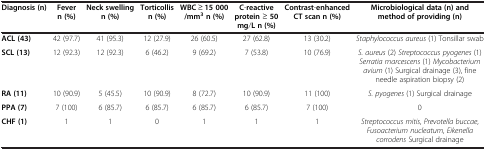
<table><thead><tr><td><b>Diagnosis (n)</b></td><td><b>Fever n (%)</b></td><td><b>Neck swelling n (%)</b></td><td><b>Torticollis n (%)</b></td><td><b>WBC ≥ 15 000/mm<sup>3 </sup>n (%)</b></td><td><b>C-reactive protein ≥ 50 mg/L n (%)</b></td><td><b>Contrast-enhanced CT scan n (%)</b></td><td><b>Microbiological data (n) and method of providing (n)</b></td></tr></thead><tbody><tr><td><b>ACL </b><b>(43)</b></td><td>42 (97.7)</td><td>41 (95.3)</td><td>12 (27.9)</td><td>26 (60.5)</td><td>27 (62.8)</td><td>13 (30.2)</td><td><i>Staphylococcus aureus</i> (1) Tonsillar swab</td></tr><tr><td><b>SCL </b><b>(13)</b></td><td>12 (92.3)</td><td>12 (92.3)</td><td>6 (46.2)</td><td>9 (69.2)</td><td>7 (53.8)</td><td>10 (76.9)</td><td><i>S. aureus</i> (2) <i>Streptococcus pyogenes</i> (1) <i>Serratia marcescens</i> (1) <i>Mycobacterium avium</i> (1) Surgical drainage (3), fine needle aspiration biopsy (2)</td></tr><tr><td><b>RA </b><b>(11)</b></td><td>10 (90.9)</td><td>5 (45.5)</td><td>10 (90.9)</td><td>8 (72.7)</td><td>10 (90.9)</td><td>11 (100)</td><td><i>S. pyogenes</i> (1) Surgical drainage</td></tr><tr><td><b>PPA </b><b>(7)</b></td><td>7 (100)</td><td>6 (85.7)</td><td>6 (85.7)</td><td>6 (85.7)</td><td>6 (85.7)</td><td>7 (100)</td><td>0</td></tr><tr><td><b>CHF </b><b>(1)</b></td><td>1</td><td>1</td><td>0</td><td>1</td><td>1</td><td>1</td><td><i>Streptococcus mitis</i>, <i>Prevotella buccae</i>, <i>Fusoacterium nucleatum</i>, <i>Eikenella corrodens</i> Surgical drainage</td></tr></tbody></table>